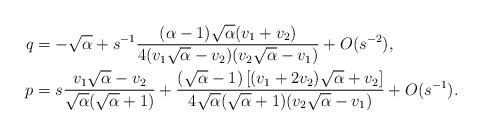
LaTeX: \begin{align*}q&=-\sqrt{\alpha}+s^{-1}\frac{(\alpha-1)\sqrt{\alpha}(v_1+v_2)}{4(v_1\sqrt{\alpha}-v_2)(v_2\sqrt{\alpha}-v_1)}+O(s^{-2}),\\p&=s\frac{v_1\sqrt{\alpha}-v_2}{\sqrt{\alpha}(\sqrt{\alpha}+1)}+\frac{(\sqrt{\alpha}-1)\left[(v_1+2v_2)\sqrt{\alpha}+v_2\right]}{4\sqrt{\alpha}(\sqrt{\alpha}+1)(v_2\sqrt{\alpha}-v_1)}+O(s^{-1}).\end{align*}